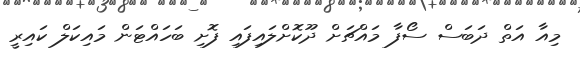
މިއާ އަތް ދަބަސް ސޯފާ މައްޗަށް ދޫކޮށްލައިފައި ފޮށި ބަހައްޓަން މައިކަލް ކައިރީ